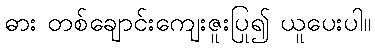
ဓား တစ်ချောင်းကျေးဇူးပြု၍ ယူပေးပါ။